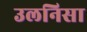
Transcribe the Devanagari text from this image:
उलनिसा